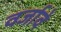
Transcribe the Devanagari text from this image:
वर्जावे